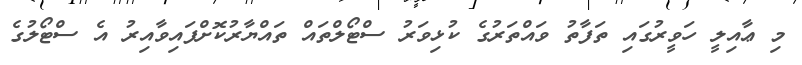
މި ޢާއިލީ ހަވީރުގައި ތަފާތު ވައްތަރުގެ ކުޅިވަރު ސްޓޯލްތައް ތައްޔާރުކޮށްފައިވާއިރު އެ ސްޓޯލުގެ